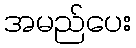
အမည်ပေး